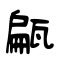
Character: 甂